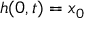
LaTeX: h ( 0 , t ) = x _ { 0 }